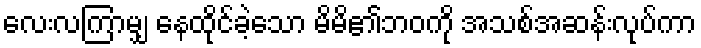
လေးလကြာမျှ နေထိုင်ခဲ့သော မိမိ၏ဘဝကို အသစ်အဆန်းလုပ်ကာ